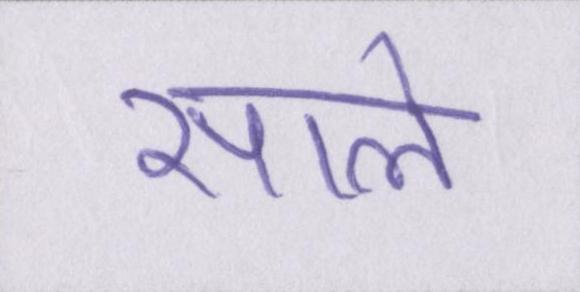
साले